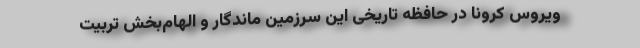
ویروس کرونا در حافظه تاریخی این سرزمین ماندگار و الهام‌بخش تربیت